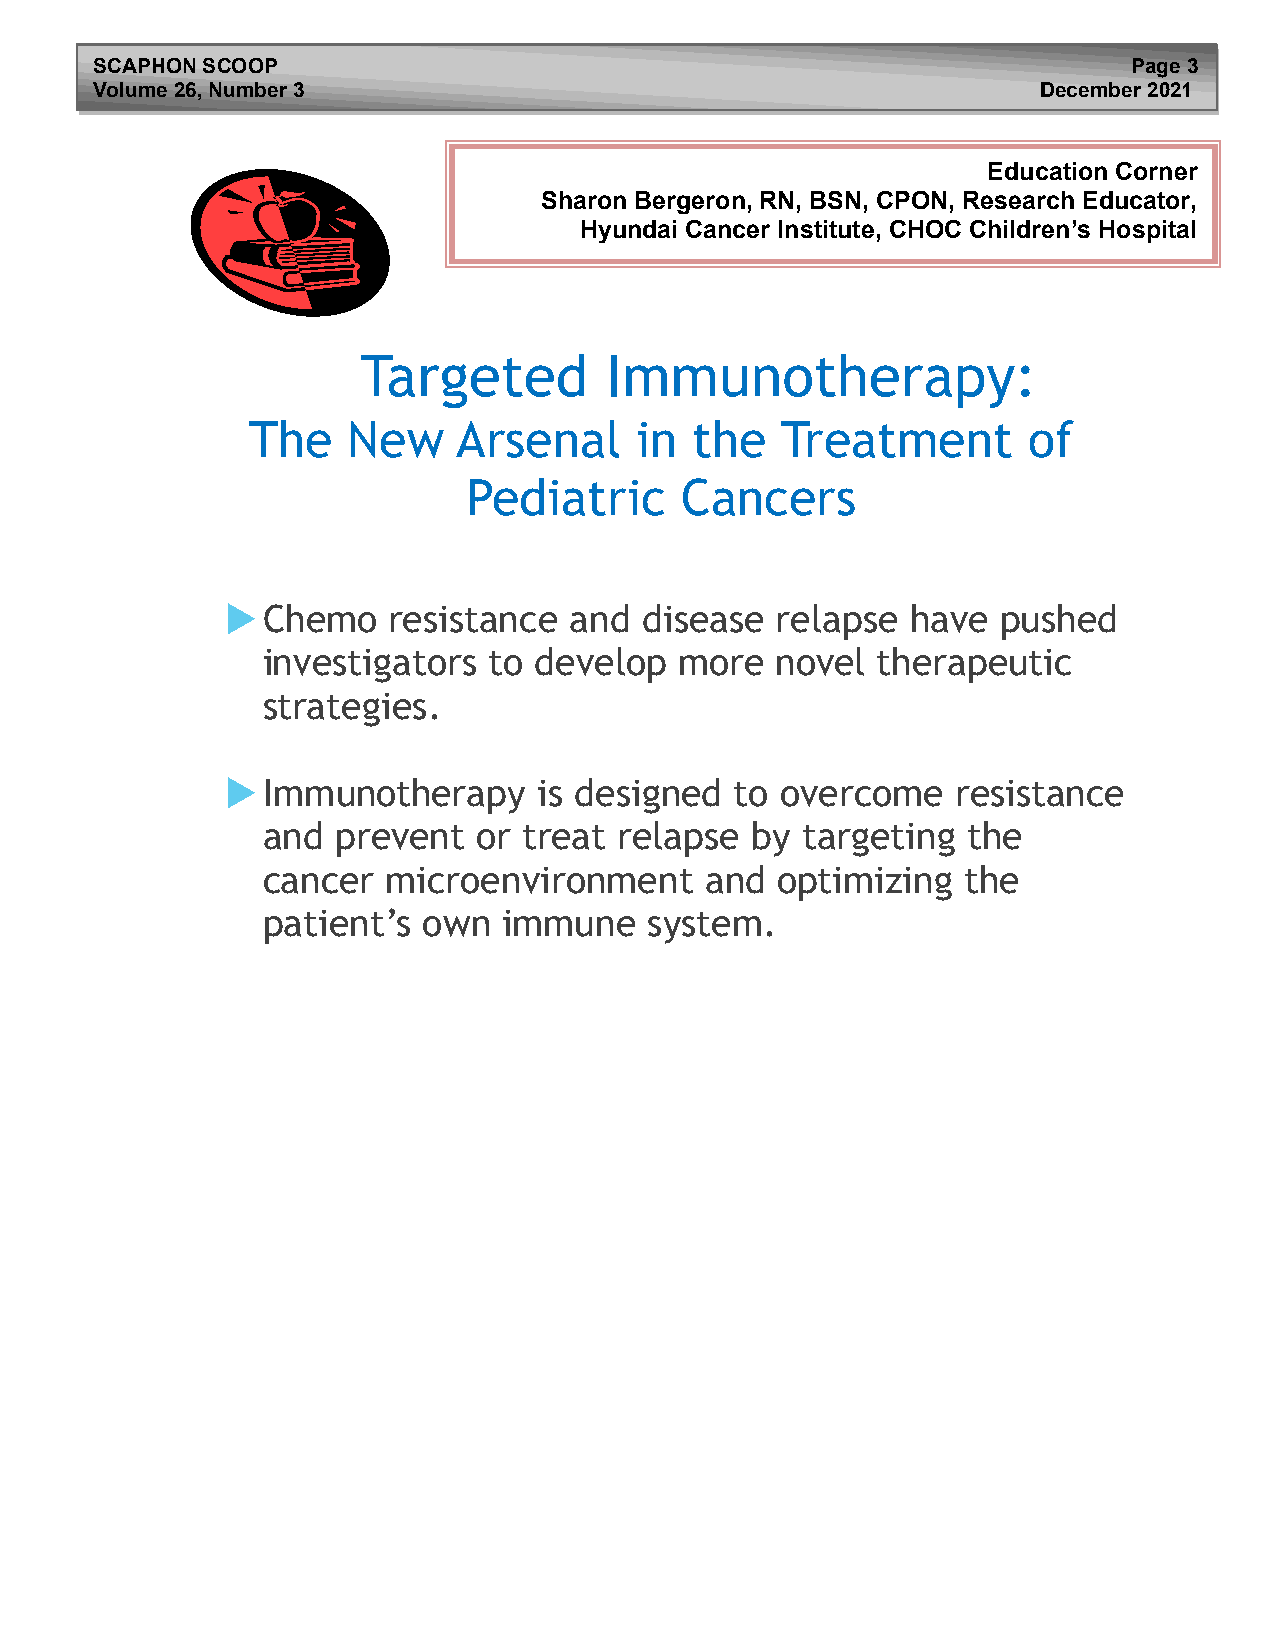
SCAPHON SCOOP                                                        Page 3
 Volume 26 , Number 3                                           December 2021
 Education Corner
 Sharon Bergeron, RN, BSN, CPON, Research Educator,
 Hyundai Cancer Institute, CHOC Children’s Hospital
 Targeted        Immunotherapy:
 The    New    Arsenal     in  the   Treatment       of
 Pediatric     Cancers
  Chemo    resistance  and  disease relapse  have  pushed
 investigators  to develop   more  novel  therapeutic
 strategies.
  Immunotherapy      is designed  to overcome   resistance
 and  prevent   or treat relapse  by targeting  the
 cancer   microenvironment     and optimizing   the
 patient’s  own  immune    system.